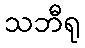
သဘီရု